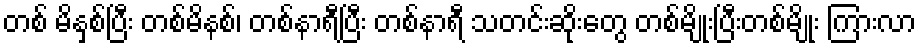
တစ် မိနှစ်ပြီး တစ်မိနစ်၊ တစ်နာရီပြီး တစ်နာရီ သတင်းဆိုးတွေ တစ်မျိုးပြီးတစ်မျိုး ကြားလာ